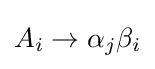
A_{i}\rightarrow \alpha _{j}\beta _{i}